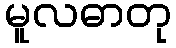
မူလဓာတု